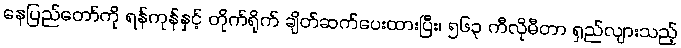
နေပြည်တော်ကို ရန်ကုန်နှင့် တိုက်ရိုက် ချိတ်ဆက်ပေးထားပြီး၊ ၅၆၃ ကီလိုမီတာ ရှည်လျားသည့်